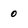
Character: 0